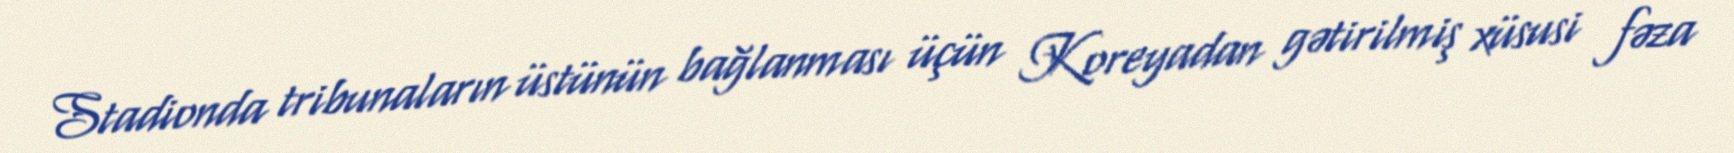
Stadionda tribunaların üstünün bağlanması üçün Koreyadan gətirilmiş xüsusi fəza